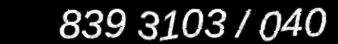
839 3103 / 040